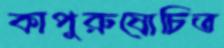
কাপুরুষোচিত